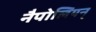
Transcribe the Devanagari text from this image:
नैपोलियन्